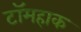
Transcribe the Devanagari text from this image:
टॉमहाक